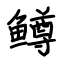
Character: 鳟